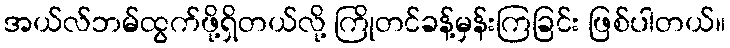
အယ်လ်ဘမ်ထွက်ဖို့ရှိတယ်လို့ ကြိုတင်ခန့်မှန်းကြခြင်း ဖြစ်ပါတယ်။